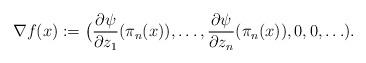
LaTeX: \begin{align*}\nabla f(x):=\bigl(\frac{\partial\psi}{\partial z_1}(\pi_n(x)),\ldots,\frac{\partial\psi}{\partial z_n}(\pi_n(x)),0,0,\ldots).\end{align*}